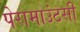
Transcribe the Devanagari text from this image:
पेरामाउंटसी